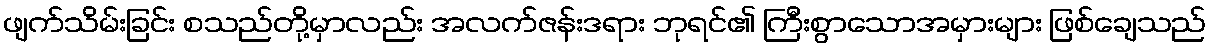
ဖျက်သိမ်းခြင်း စသည်တို့မှာလည်း အလက်ဇန်းဒရား ဘုရင်၏ ကြီးစွာသောအမှားများ ဖြစ်ချေသည်